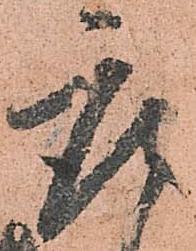
座